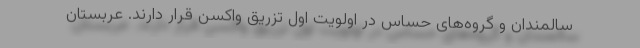
سالمندان و گروه‌های حساس در اولویت اول تزریق واکسن قرار دارند. عربستان